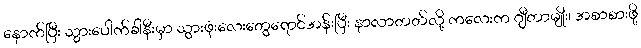
နောက်ပြီး သွားပေါက်ခါနီးမှာ သွားဖုံးလေးတွေရောင်အန်းပြီး နာလာတတ်လို့ ကလေးက ဂျီတာမျိုး၊ အစာစားဖို့